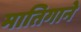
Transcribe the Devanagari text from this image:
मातिगाने